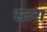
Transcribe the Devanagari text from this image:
स्तरा